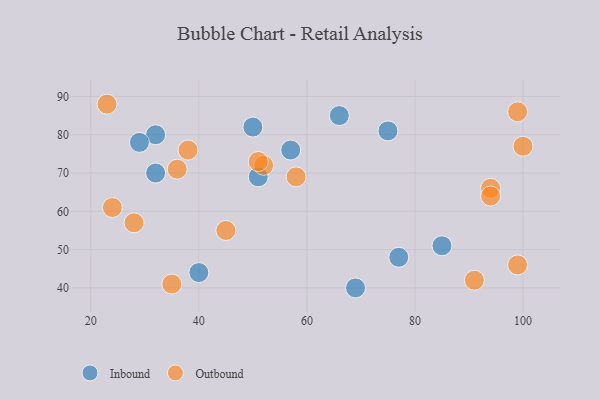
{"axis": {"x": "GDP", "y": "Life Expectancy"}, "legend": ["Inbound", "Outbound"], "data": [{"x": "85", "y": 51, "type": "Inbound"}, {"x": "77", "y": 48, "type": "Inbound"}, {"x": "75", "y": 81, "type": "Inbound"}, {"x": "32", "y": 80, "type": "Inbound"}, {"x": "32", "y": 70, "type": "Inbound"}, {"x": "66", "y": 85, "type": "Inbound"}, {"x": "57", "y": 76, "type": "Inbound"}, {"x": "50", "y": 82, "type": "Inbound"}, {"x": "40", "y": 44, "type": "Inbound"}, {"x": "29", "y": 78, "type": "Inbound"}, {"x": "51", "y": 69, "type": "Inbound"}, {"x": "69", "y": 40, "type": "Inbound"}, {"x": "36", "y": 71, "type": "Outbound"}, {"x": "58", "y": 69, "type": "Outbound"}, {"x": "52", "y": 72, "type": "Outbound"}, {"x": "38", "y": 76, "type": "Outbound"}, {"x": "45", "y": 55, "type": "Outbound"}, {"x": "35", "y": 41, "type": "Outbound"}, {"x": "99", "y": 46, "type": "Outbound"}, {"x": "94", "y": 66, "type": "Outbound"}, {"x": "99", "y": 86, "type": "Outbound"}, {"x": "91", "y": 42, "type": "Outbound"}, {"x": "100", "y": 77, "type": "Outbound"}, {"x": "51", "y": 73, "type": "Outbound"}, {"x": "23", "y": 88, "type": "Outbound"}, {"x": "94", "y": 64, "type": "Outbound"}, {"x": "28", "y": 57, "type": "Outbound"}, {"x": "24", "y": 61, "type": "Outbound"}]}